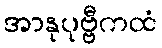
အာနုပုဗ္ဗီကထံ